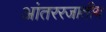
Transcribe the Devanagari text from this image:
आंतररजातीय